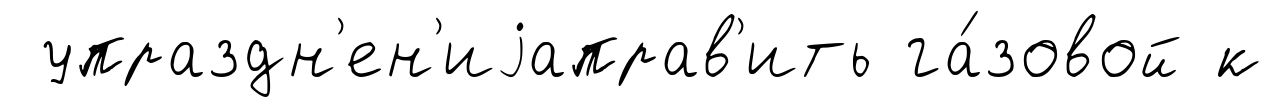
упраздн'ен'иjаправ'ить га́зовой к